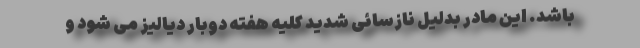
باشد. این مادر بدلیل نازسائی شدید کلیه هفته دوبار دیالیز می شود و